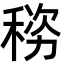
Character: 𬓯